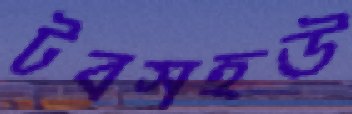
টবসহউ